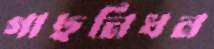
গাছনিধন